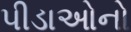
પીડાઓનો